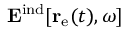
\mathbf { E } ^ { \mathrm { i n d } } [ \mathbf { r } _ { \mathrm { e } } ( t ) , \omega ]